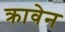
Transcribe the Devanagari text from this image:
क्रावेन